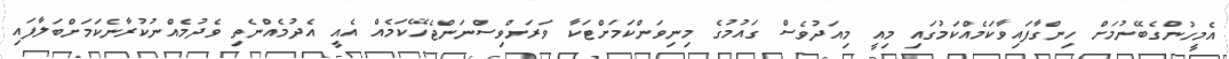
އެމީހުންގެބޭނުމަށް ހިންގާފައިވާކަމެއްކަމުގައި މިއީ މިއަދުވެސް ގައުމުގެ މިނިވަންކަމަށްޓަކާ ވަރަށްވިސްނަންޖެހޭކަމެއް އެއީ އެދުމެއްނެތި ވެދުމެއްނުުކުރާނެކަމަށްބަލާފައި